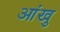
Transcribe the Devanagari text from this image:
आंखु